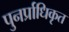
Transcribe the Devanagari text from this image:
पुनर्प्राधिकृत